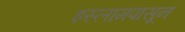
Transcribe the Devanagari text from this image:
इस्लामपासून